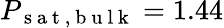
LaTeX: P_{\mathrm{~s~a~t~,~b~u~l~k~}}=1.44